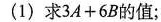
(1)求$$3A+6B$$的值；